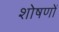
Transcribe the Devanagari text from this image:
शोषणों